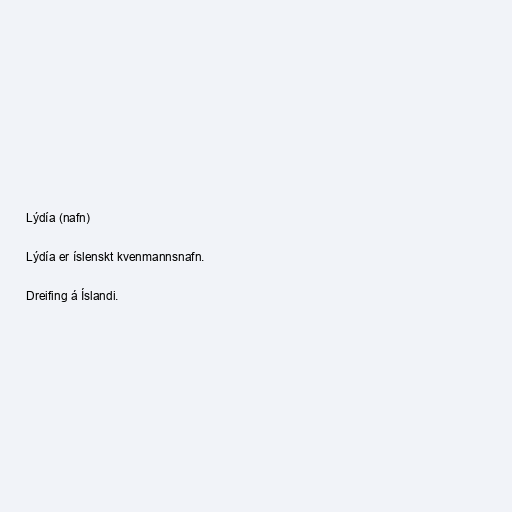
Lýdía (nafn)

Lýdía er íslenskt kvenmannsnafn.

Dreifing á Íslandi.